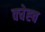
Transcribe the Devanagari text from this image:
क्चेह्च